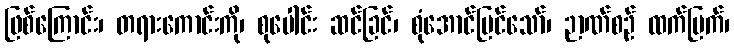
ဖြစ်ကြောင်း၊ တရားကောင်းကို၊ စုပေါင်း ဆင်ခြင်၊ စုံအောင်မြင်သော်၊ ဉာဏ်စဉ် ထက်မြက်၊